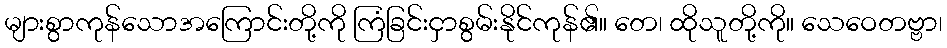
များစွာကုန်သောအကြောင်းတို့ကို ကြံခြင်းငှာစွမ်းနိုင်ကုန်၏။ တေ၊ ထိုသူတို့ကို။ သေဝေတဗ္ဗာ၊